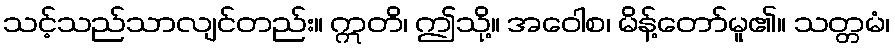
သင့်သည်သာလျင်တည်း။ ဣတိ၊ ဤသို့။ အဝေါစ၊ မိန့်တော်မူ၏။ သတ္တမံ၊